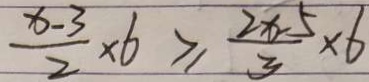
\frac { x - 3 } { 2 } \times 6 \geqslant \frac { 2 x - 5 } { 3 } \times 6